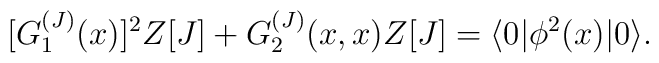
[G_1^{(J)}(x)]^2 Z[J]+G_2^{(J)}(x,x) Z[J]=\langle0|\phi^2(x)|0\rangle.